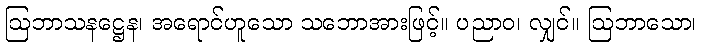
ဩဘာသနဋ္ဌေန၊ အရောင်ဟူသော သဘောအားဖြင့်။ ပညာဝ၊ လျှင်။ ဩဘာသော၊